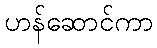
ဟန်ဆောင်ကာ